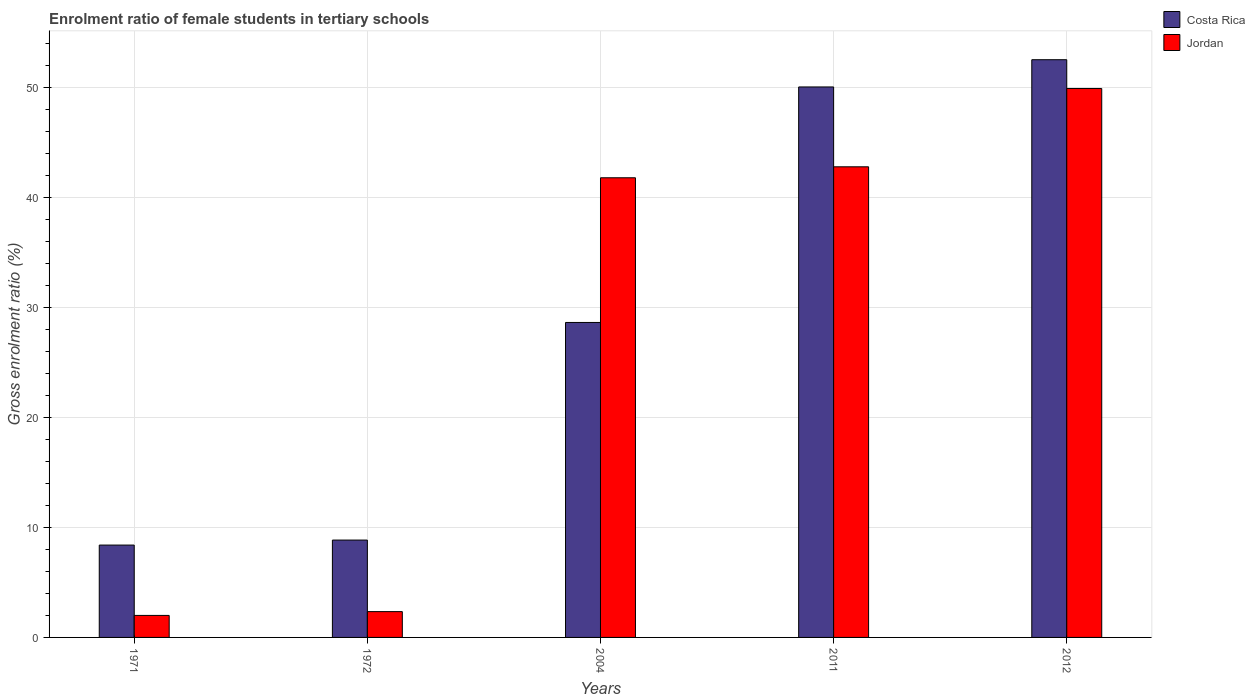
| Years | Costa Rica | Jordan |
 | --- | --- | --- |
 | 1971 | 8.4 | 2 |
 | 1972 | 8.85 | 2.35 |
 | 2004 | 28.6 | 41.8 |
 | 2011 | 50.1 | 42.8 |
 | 2012 | 52.5 | 49.9 |